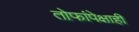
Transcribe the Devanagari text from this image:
तोफांपेक्षाही